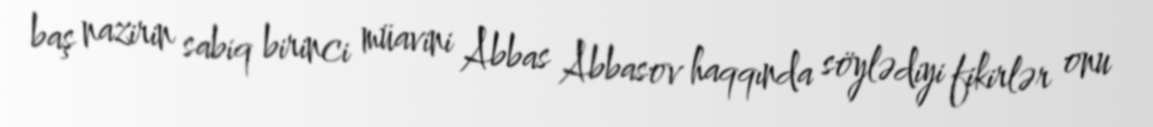
baş nazirin sabiq birinci müavini Abbas Abbasov haqqında söylədiyi fikirlər onu